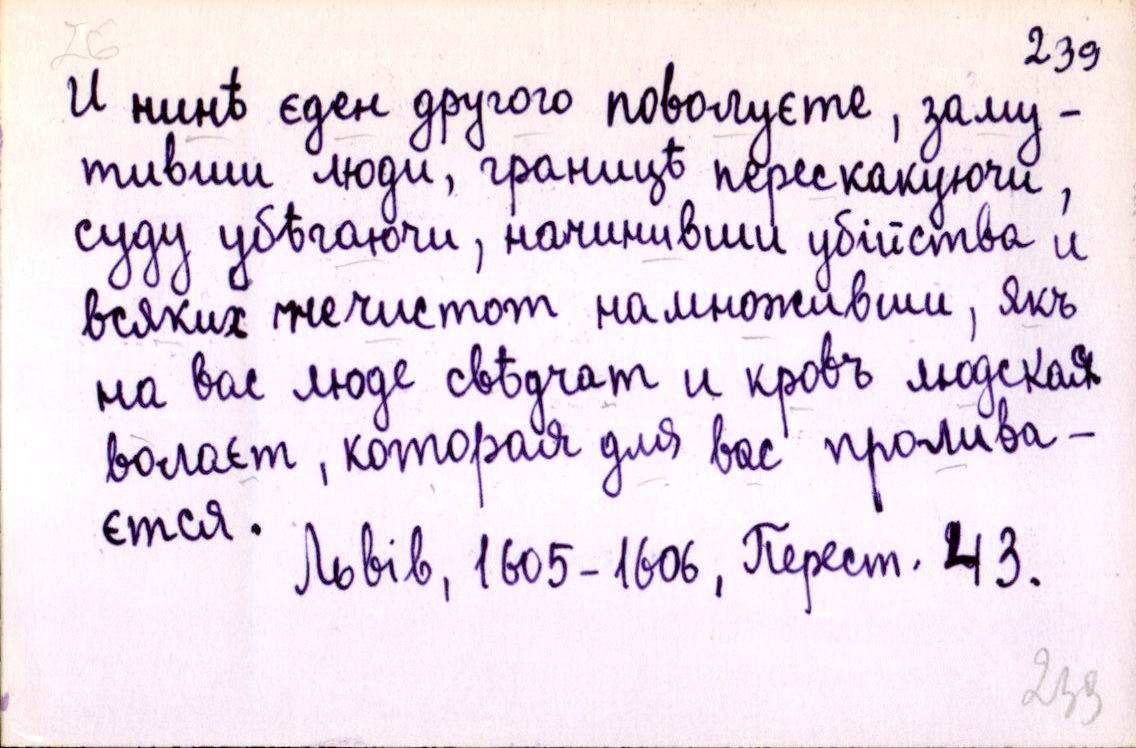
И нинѣ єден другого поволуєте, заму-
тивши люди, границѣ перескакуючи,
суду убѣгаючи, начинивши убійства и
всяких нечистот намноживши, якъ
на вас люде свѣдчат и кровъ людская
волаєт, которая для вас пролива-
єтся. 
Львів, 1605-1606, Перест. 43.